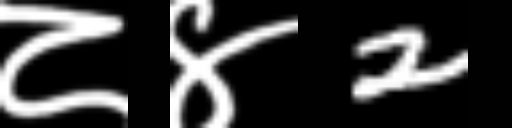
Text: ८४2